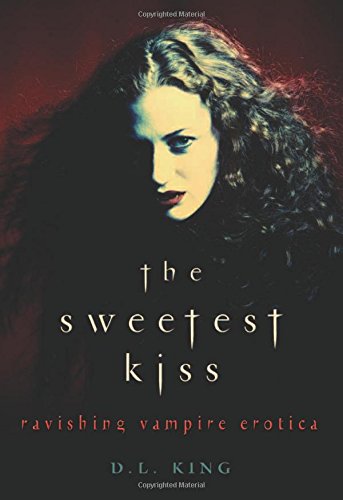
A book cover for The Sweetest Kiss: Ravishing Vampire Erotica; Romance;